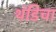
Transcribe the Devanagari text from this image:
थंडिचा